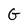
Character: G